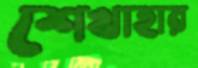
শেখাহার